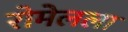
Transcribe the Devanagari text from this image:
रोमेलला